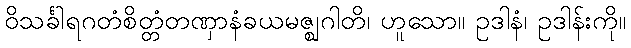
ဝိသင်္ခါရဂတံစိတ္တံတဏှာနံခယမဇ္ဈဂါတိ၊ ဟူသော။ ဥဒါနံ၊ ဥဒါန်းကို။